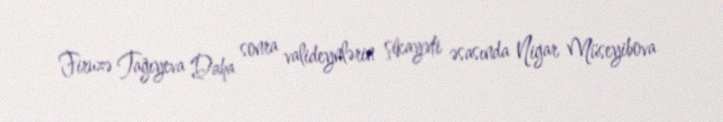
Firuzə Tağıyeva Daha sonra valideynlərin şikayəti əsasında Nigar Müseyibova